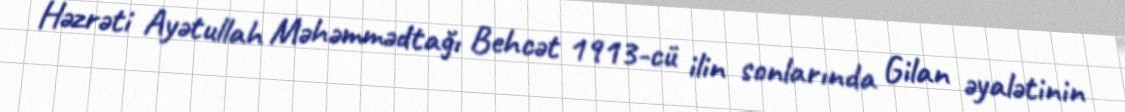
Həzrəti Ayətullah Məhəmmədtağı Behcət 1913-cü ilin sonlarında Gilan əyalətinin